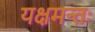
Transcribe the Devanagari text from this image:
यक्षमन्तः